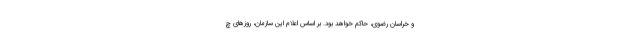
و خراسان رضوی، حاکم خواهد بود. بر اساس اعلام این سازمان، روزهای چ